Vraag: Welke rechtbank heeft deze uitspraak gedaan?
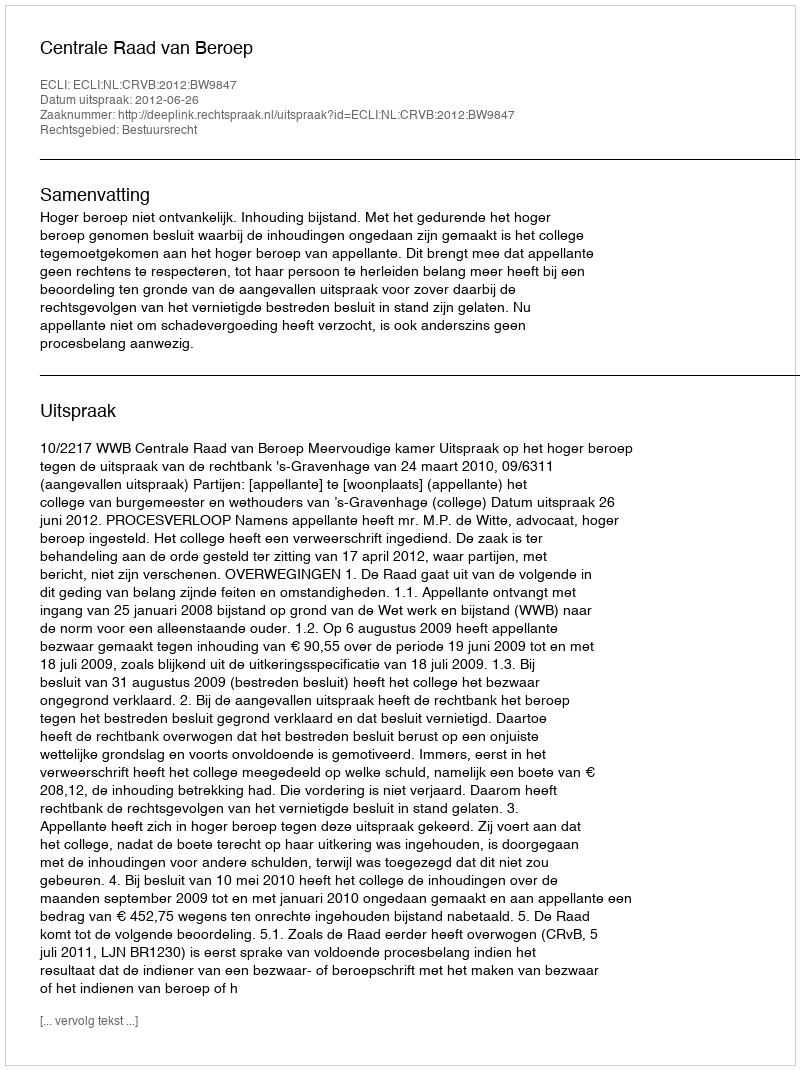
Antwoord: Centrale Raad van Beroep